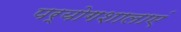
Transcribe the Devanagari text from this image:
पर्योगशालाएं